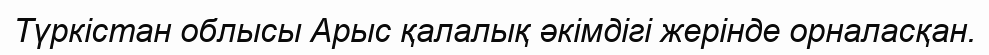
Түркістан облысы Арыс қалалық әкімдігі жерінде орналасқан.